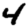
Digit: 4